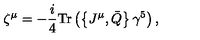
\zeta ^ { \mu } = - \frac { i } { 4 } \mathrm { T r } \left( \left\{ J ^ { \mu } , \bar { Q } \right\} \gamma ^ { 5 } \right) ,